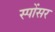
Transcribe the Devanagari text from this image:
स्पोंसर